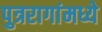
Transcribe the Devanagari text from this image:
पुत्ररागांमध्ये